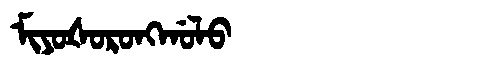
Manchu: ᠮᡳᠶᠣᡧᠣᡵᠣᠩᡤᠣᠯᠣ
Romanization: MIYOŠORONGGOLO